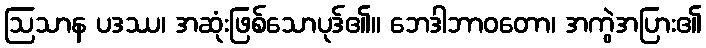
ဩသာန ပဒဿ၊ အဆုံးဖြစ်သောပုဒ်၏။ ဘေဒါဘာဝတော၊ အကွဲအပြား၏